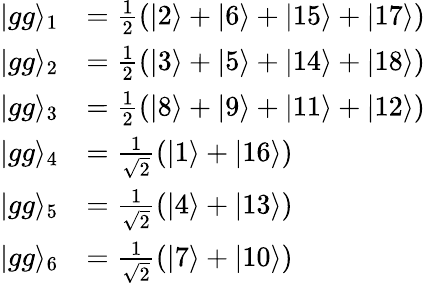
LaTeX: \begin{array}{rl}{\vert gg\rangle_{1}}&{=\frac{1}{2}(\vert 2\rangle+\vert 6\rangle+\vert 15\rangle+\vert 17\rangle)}\\ {\vert gg\rangle_{2}}&{=\frac{1}{2}(\vert 3\rangle+\vert 5\rangle+\vert 14\rangle+\vert 18\rangle)}\\ {\vert gg\rangle_{3}}&{=\frac{1}{2}(\vert 8\rangle+\vert 9\rangle+\vert 11\rangle+\vert 12\rangle)}\\ {\vert gg\rangle_{4}}&{=\frac{1}{\sqrt{2}}(\vert 1\rangle+\vert 16\rangle)}\\ {\vert gg\rangle_{5}}&{=\frac{1}{\sqrt{2}}(\vert 4\rangle+\vert 13\rangle)}\\ {\vert gg\rangle_{6}}&{=\frac{1}{\sqrt{2}}(\vert 7\rangle+\vert 10\rangle)}\end{array}